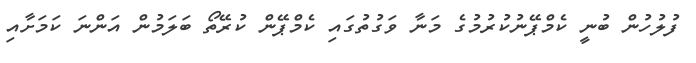
ފުލުހުން ބުނީ ކެމްޕޭނުކުރުމުގެ މަނާ ވަގުތުގައި ކެމްޕޭން ކުރޭތޯ ބަލަމުން އަންނަ ކަމަށާއި